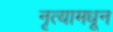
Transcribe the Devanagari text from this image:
नृत्यामधून